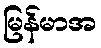
မြန်မာအ